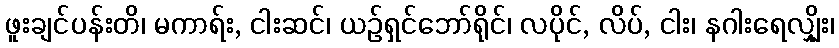
ဖူးချင်ပန်းတိ၊ မကာရ်း, ငါးဆင်၊ ယဉ်ရှင်ဘော်ရိုင်၊ လပိုင်, လိပ်, ငါး၊ နဂါးရေလျှိုး၊